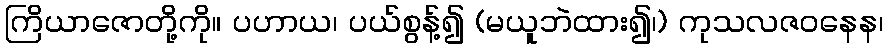
ကြိယာဇောတို့ကို။ ပဟာယ၊ ပယ်စွန့်၍ (မယူဘဲထား၍၊) ကုသလဇဝနေန၊